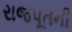
રાજપૂતની